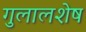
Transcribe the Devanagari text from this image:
गुलालशेष